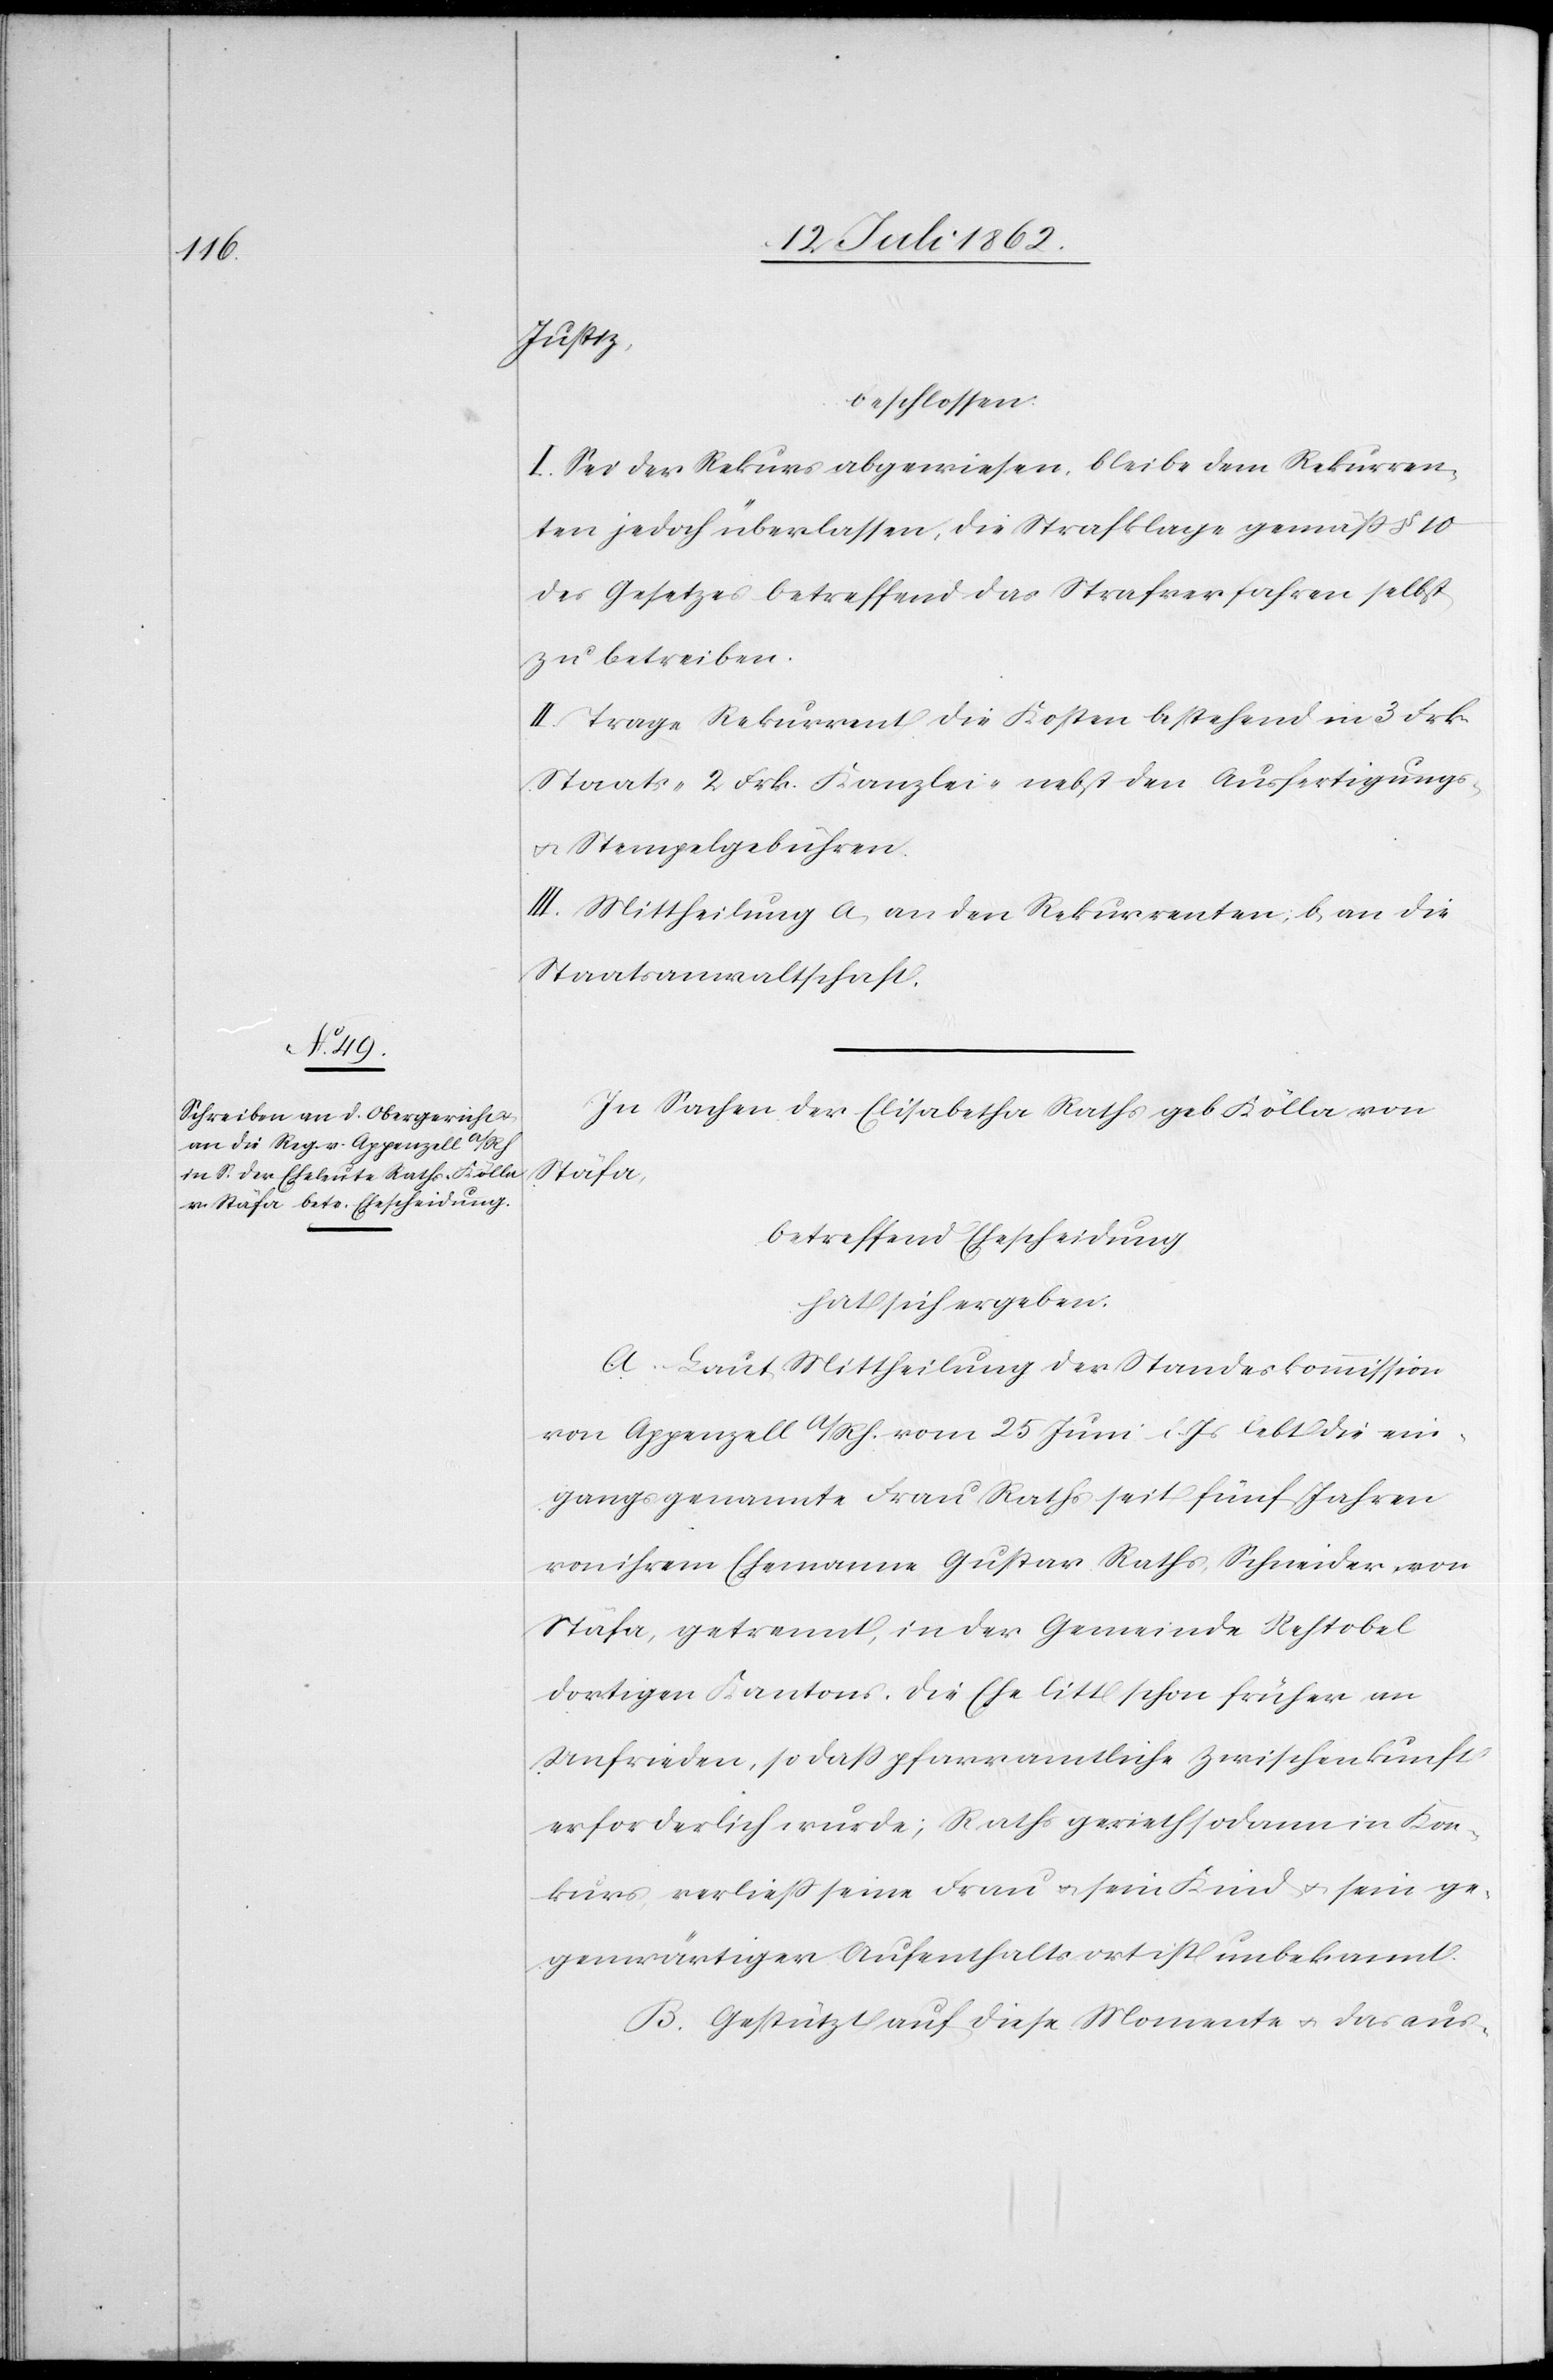
Justiz,
beschlossen:
I. Sei der Rekurs abgewiesen, bleibe dem Rekurren¬
ten jedoch überlassen, die Strafklage gemäß § 10
des Gesetzes betreffend das Strafverfahren selbst
zu betreiben.
II. Trage Rekurrent die Kosten bestehend in 3 Frk.
Staats-[,] 2 Frk. Kanzlei- nebst den Ausfertigungs-
u. Stempelgebühren.
III. Mittheilung a. an den Rekurrenten; b. an die
Staatsanwaltschaft.
In Sachen der Elisabetha Raths geb. Kölla von
Stäfa,
betreffend Ehescheidung
hat sich ergeben:
A. Laut Mittheilung der Standeskommission
von Appenzell a/Rh. vom 25. Juni l. Js. lebt die ein¬
gangs genannte Frau Raths seit fünf Jahren
von ihrem Ehemanne Gustav Raths, Schneider von
Stäfa, getrennt, in der Gemeinde Rehtobel
dortigen Kantons. Die Ehe litt schon früher an
erforderlich wurde; Raths gerieth sodann in Kon¬
kurs, verließ seine Frau u. sein Kind u. sein ge¬
genwärtiger Aufenthaltsort ist unbekannt.
B. Gestützt auf diese Momente u. das aus-